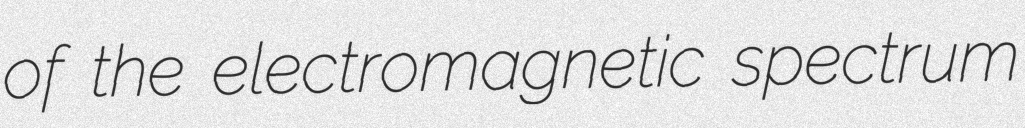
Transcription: of the electromagnetic spectrum